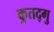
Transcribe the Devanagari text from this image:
कुतद्गु